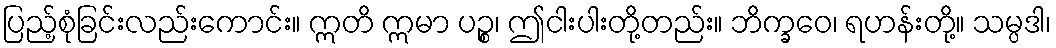
ပြည့်စုံခြင်းလည်းကောင်း။ ဣတိ ဣမာ ပဉ္စ၊ ဤငါးပါးတို့တည်း။ ဘိက္ခဝေ၊ ရဟန်းတို့။ သမ္ပဒါ၊